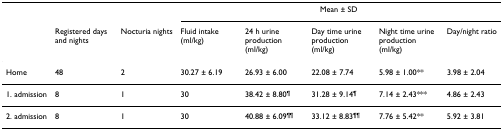
<table><thead><tr><td></td><td></td><td></td><td colspan="5"><b>Mean ± SD</b></td></tr><tr><td></td><td><b>Registered days and nights</b></td><td><b>Nocturia nights</b></td><td><b>Fluid intake (ml/kg)</b></td><td><b>24 h urine production (ml/kg)</b></td><td><b>Day time urine production (ml/kg)</b></td><td><b>Night time urine production (ml/kg)</b></td><td><b>Day/night ratio</b></td></tr></thead><tbody><tr><td>Home</td><td>48</td><td>2</td><td>30.27 ± 6.19</td><td>26.93 ± 6.00</td><td>22.08 ± 7.74</td><td>5.98 ± 1.00**</td><td>3.98 ± 2.04</td></tr><tr><td>1. admission</td><td>8</td><td>1</td><td>30</td><td>38.42 ± 8.80<sup>¶</sup></td><td>31.28 ± 9.14<sup>¶</sup></td><td>7.14 ± 2.43***</td><td>4.86 ± 2.43</td></tr><tr><td>2. admission</td><td>8</td><td>1</td><td>30</td><td>40.88 ± 6.09<sup>¶¶</sup></td><td>33.12 ± 8.83<sup>¶¶</sup></td><td>7.76 ± 5.42**</td><td>5.92 ± 3.81</td></tr></tbody></table>